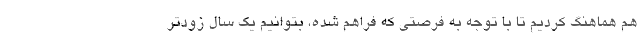
هم هماهنگ کردیم تا با توجه به فرصتی که فراهم شده، بتوانیم یک سال زودتر